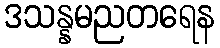
ဒသန္နမညတရေန